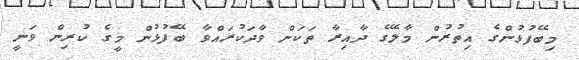
މިބޭފުޅުންގެ އިތުރުން މާލޭގެ ދާއިރާ ތަކަށް ވާދަކުރައްވާ ބޭފުޅުން މީގެ ކުރިން ވަނީ